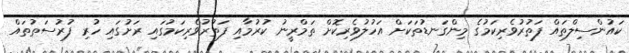
ކައުންސިލްތައް ފަތުރުވެރިކަމުގެ މިންގަނޑުތަކަށް އަހުލުވެރިކޮށް ތަމްރީނު ކުރުމާއި ފަތުރުވެރިކަމުގައި ރަށުގައި ހުރި ފުރުސަތުތައް